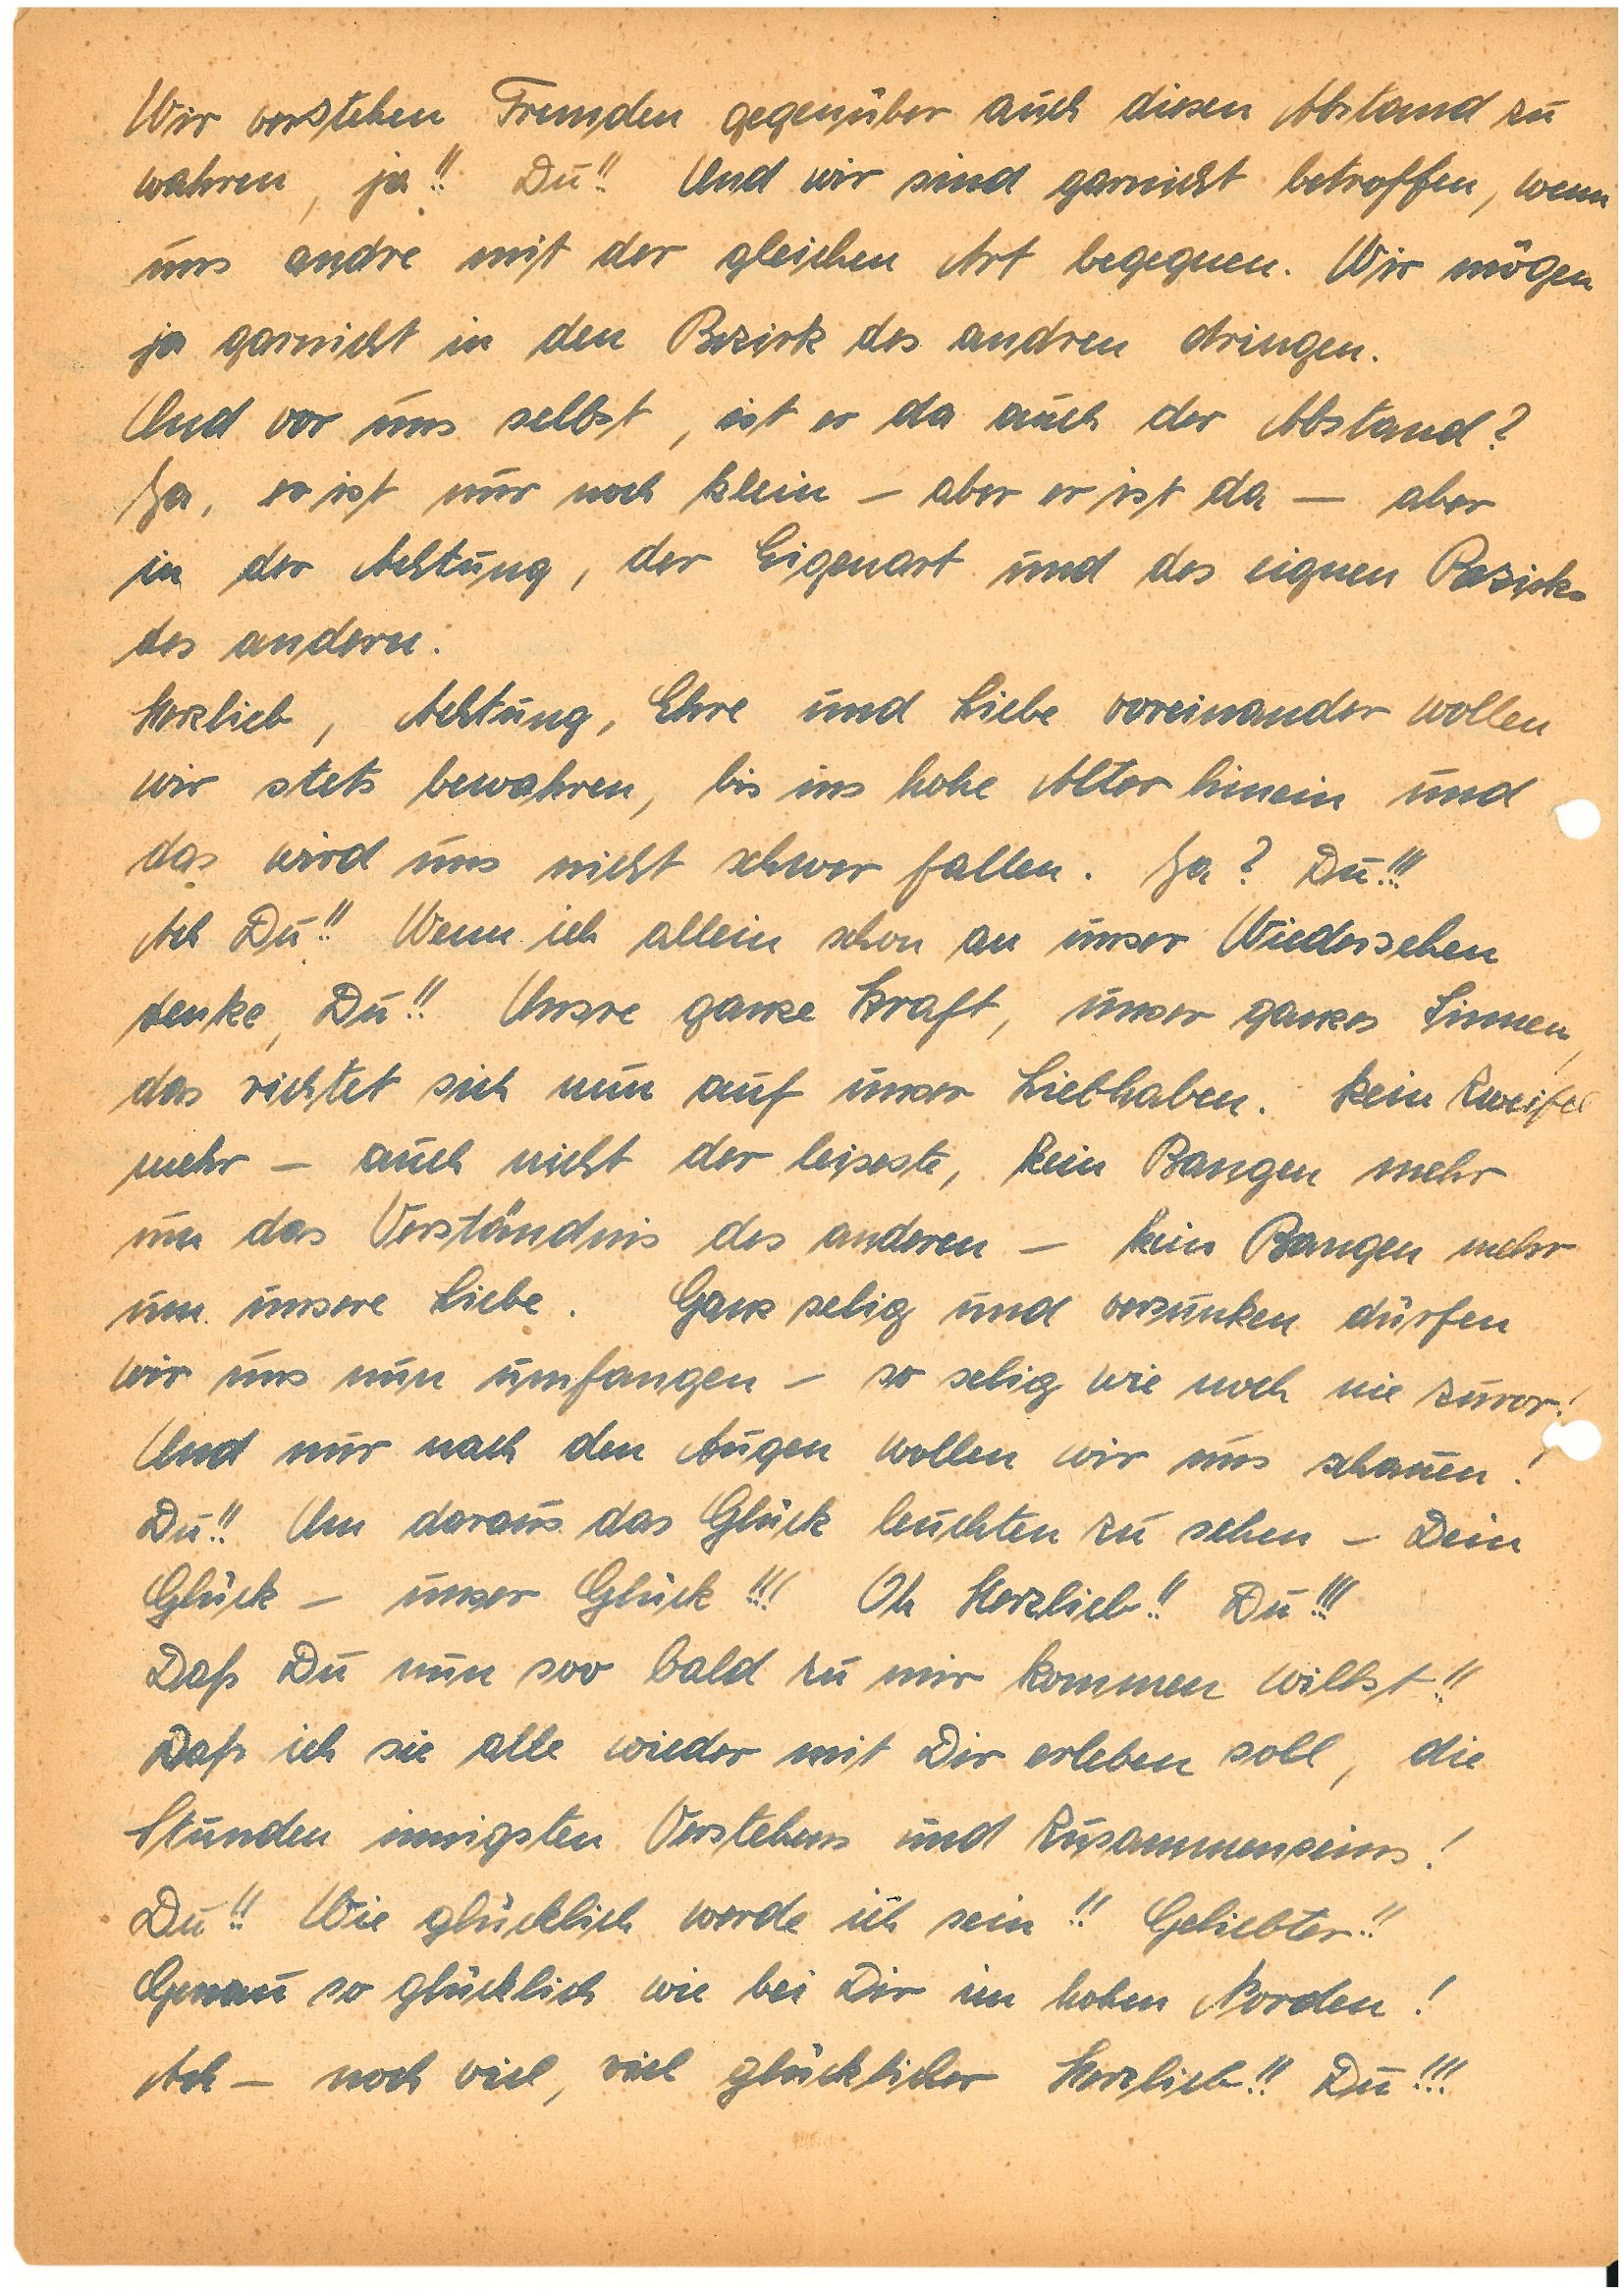
Wir verstehen Fremden gegenüber auch diesen Abstand zu
wahren, ja!! Du!! Und wir sind gar nicht betroffen, wenn
uns andre mit der gleichen Art begegnen. Wir mögen
ja garnicht in den Bezirk des andren dringen.
Und vor uns selbst, ist er da auch der Abstand?
Ja, er ist nur noch klein – aber er ist da – aber
in der Achtung, der Eigenart und des eignen Bezirks
des anderen.
Herzlieb, Achtung, Ehre und Liebe voreinander wollen
wir stets bewahren, bis ins hohe Alter hinein und
das wird uns nicht schwer fallen. Ja? Du!!!
Ach Du!! Wenn ich allein schon an unser Wiedersehen
denke, Du!! Unsre ganze Kraft, unser ganzes Sinnen,
das richtet sich nun auf unser Liebhaben. Kein Zweifel
mehr – auch nicht der leiseste, kein Bangen mehr
um das Verständnis des anderen – kein Bangen mehr
um unsere Liebe. Ganz selig und versunken dürfen
wir uns nun umfangen – so selig wie noch nie zuvor!
Und nur nach den Augen wollen wir uns schauen!
Du!! Um daraus das Glück leuchten zu sehen – Dein
Glück – unser Glück!!! Du!!!
Daß Du nun soo bald zu mir kommen willst!!
Daß ich sie alle wieder mit Dir erleben soll, die
Stunden innigsten Verstehens und Zusammenseins!
Du!! Wie glücklich werde ich sein!! Geliebter!!
Genau so glücklich wie bei Dir im hohen Norden!
Ach – noch viel, viel glücklicher Herzlieb!! Du!!!